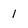
Character: 1